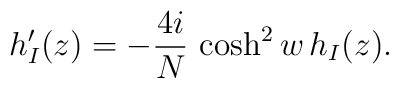
h_I'(z)=-\frac{4i}{N}\,\cosh^2 w\,h_I(z).